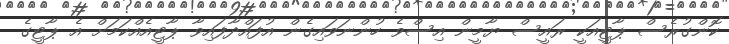
ކޮންގުރެސް ޕާޓީއަކީ ރައީސް ޔާމީން އިސްވެ ހުންނަވައިގެން އުފައްދާފައިވާ ޕާޓީއެއްކަމަށް އެ ޕާޓީގެ